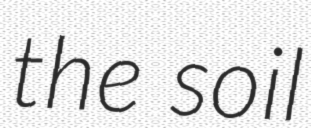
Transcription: the soil